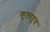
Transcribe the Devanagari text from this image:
कुलातुग